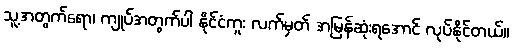
သူ့အတွက်ရော၊ ကျုပ်အတွက်ပါ နိုင်ငံကူး လက်မှတ် အမြန်ဆုံးရအောင် လုပ်နိုင်တယ်။